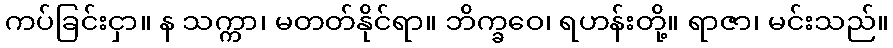
ကပ်ခြင်းငှာ။ န သက္ကာ၊ မတတ်နိုင်ရာ။ ဘိက္ခဝေ၊ ရဟန်းတို့။ ရာဇာ၊ မင်းသည်။